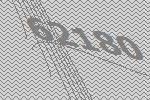
62180